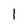
Character: 1